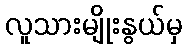
လူသားမျိုးနွယ်မှ